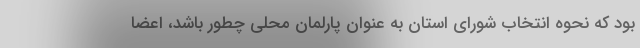
بود که نحوه انتخاب شورای استان به عنوان پارلمان محلی چطور باشد، اعضا